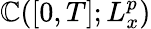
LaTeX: \mathbb{C}([0,T];L_{x}^{p})